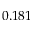
0 . 1 8 1